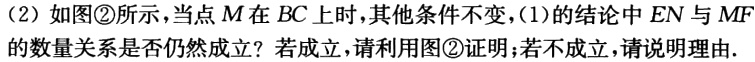
(2) 如图\textcircled{2}所示，当点 \(M\) 在 \(BC\) 上时，其他条件不变，(1) 的结论中 \(EN\) 与 \(MF\) 的数量关系是否仍然成立？若成立，请利用图\textcircled{2}证明；若不成立，请说明理由.